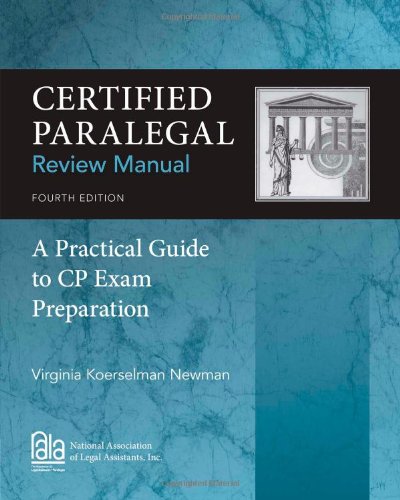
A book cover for Certified Paralegal Review Manual: A Practical Guide to CP Exam Preparation; Virginia Koerselman Newman; Test Preparation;